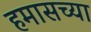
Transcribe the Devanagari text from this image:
हमासच्या